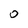
Character: O